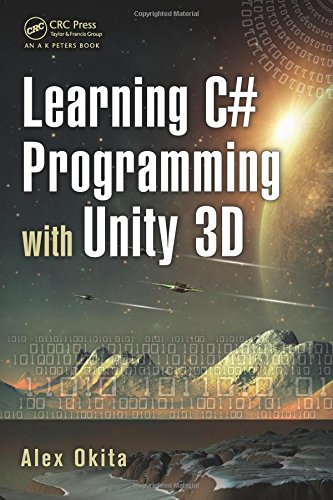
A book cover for Learning C# Programming with Unity 3D; Alex Okita; Humor & Entertainment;